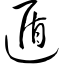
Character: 遁